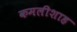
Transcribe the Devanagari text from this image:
कमलीशाह